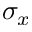
\sigma _ { x }